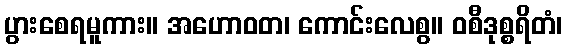
ပွားစေရမူကား။ အဟောဝတ၊ ကောင်းလေစွ။ ဝစီဒုစ္စရိတံ၊